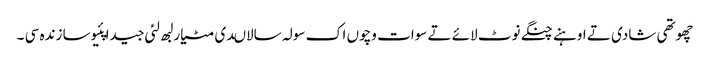
چھوتھی شادی تے اوہنے چنگے نوٹ لائے تے سوات وچوں اک سولہ سالاںدی مٹیار لبھ لئی جیدا پئیوسا زندہ سی ۔